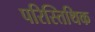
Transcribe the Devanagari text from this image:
परिस्तिथिक